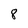
Character: 8